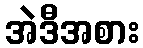
အဲဒီအစား